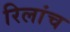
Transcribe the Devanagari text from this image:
रिलांच